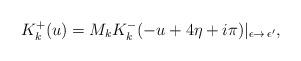
LaTeX: \begin{align*}K_k^{+}(u)=M_k K_k^{-}(-u+4\eta+i\pi)|_{\epsilon\rightarrow\,\epsilon'}, \end{align*}